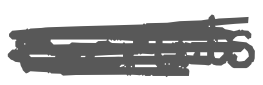
Text: recruits
Cross-out: scratch
Writing tool: digital_gray